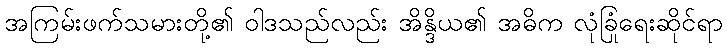
အကြမ်းဖက်သမားတို့၏ ဝါဒသည်လည်း အိန္ဒိယ၏ အဓိက လုံခြုံရေးဆိုင်ရာ